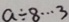
a \div 8 \cdots 3